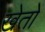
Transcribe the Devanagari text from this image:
खेताें